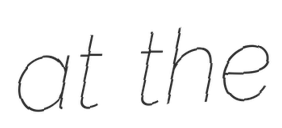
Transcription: at the